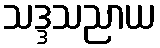
သဒ္ဒသညာယ